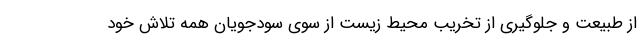
از طبیعت و جلوگیری از تخریب محیط زیست از سوی سودجویان همه تلاش خود